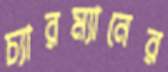
চ্যারম্যানের